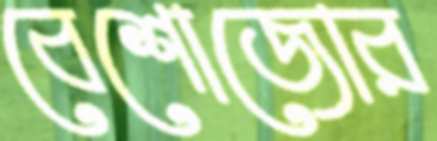
বেশোজোর